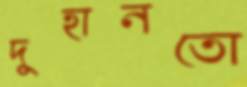
দুহানতো